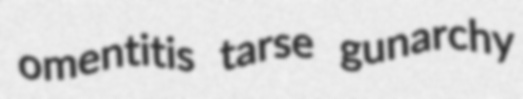
omentitis tarse gunarchy